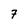
Character: 7